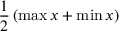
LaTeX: { \frac { 1 } { 2 } } \left( \operatorname* { m a x } x + \operatorname* { m i n } x \right)